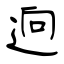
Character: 逈